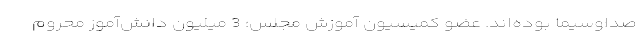
صداوسیما بوده‌اند. عضو کمیسیون آموزش مجلس: 3 میلیون دانش‌آموز محروم